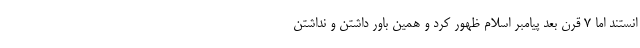
انستند اما 7 قرن بعد پیامبر اسلام ظهور کرد و همین باور داشتن و نداشتن